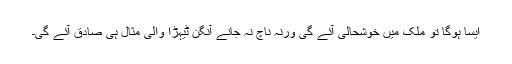
ایسا ہوگا تو ملک میں خوشحالی آئے گی ورنہ ناچ نہ جانے آنگن ٹیہڑا والی مثال ہی صادق آئے گی۔